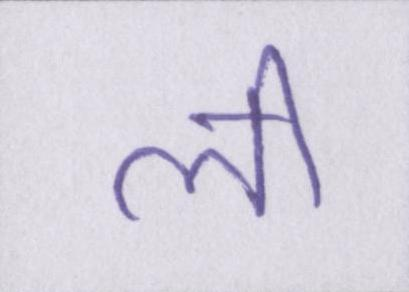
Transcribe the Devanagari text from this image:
ली